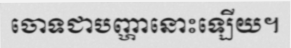
ចោទជាបញ្ហានោះឡើយ។